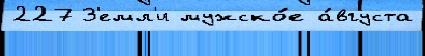
227 З'емл'и мужско́е а́вгуста